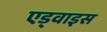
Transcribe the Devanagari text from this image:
एड्वाइस